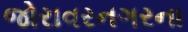
જોરાવરનગરના